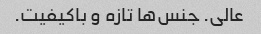
عالی. جنس‌ها تازه و باکیفیت.